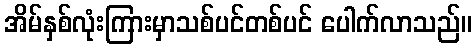
အိမ်နှစ်လုံးကြားမှာသစ်ပင်တစ်ပင် ပေါက်လာသည်။